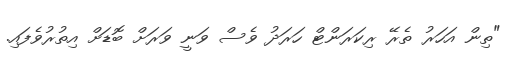
"ތިން އަހަރު ތެރޭ ރިކަރަންޓް ހަރަދު ވެސް ވަނީ ވަރަށް ބޮޑަށް އިތުރުވެފައި.